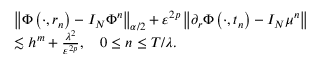
\begin{array} { r l } & { \left\| \Phi \left( \cdot , r _ { n } \right) - I _ { N } \Phi ^ { n } \right\| _ { \alpha / 2 } + \varepsilon ^ { 2 p } \left\| \partial _ { r } \Phi \left( \cdot , t _ { n } \right) - I _ { N } \mu ^ { n } \right\| } \\ & { \lesssim h ^ { m } + \frac { \lambda ^ { 2 } } { \varepsilon ^ { 2 p } } , \quad 0 \leq n \leq T / { \lambda } . } \end{array}